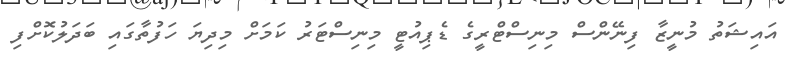
އައިޝަތު މުނީޒާ ފިނޭންސް މިނިސްޓްރީގެ ޑެޕިއުޓީ މިނިސްޓަރު ކަމަށް މިދިޔަ ހަފުތާގައި ބަދަލުކޮށްފި